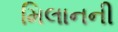
મિલાનની